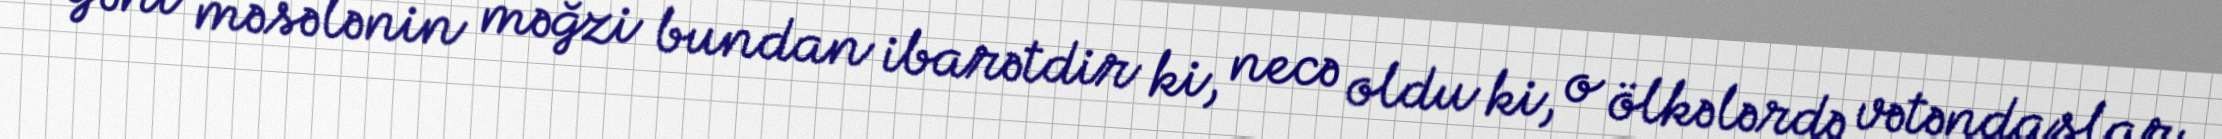
Yəni məsələnin məğzi bundan ibarətdir ki, necə oldu ki, o ölkələrdə vətəndaşlar